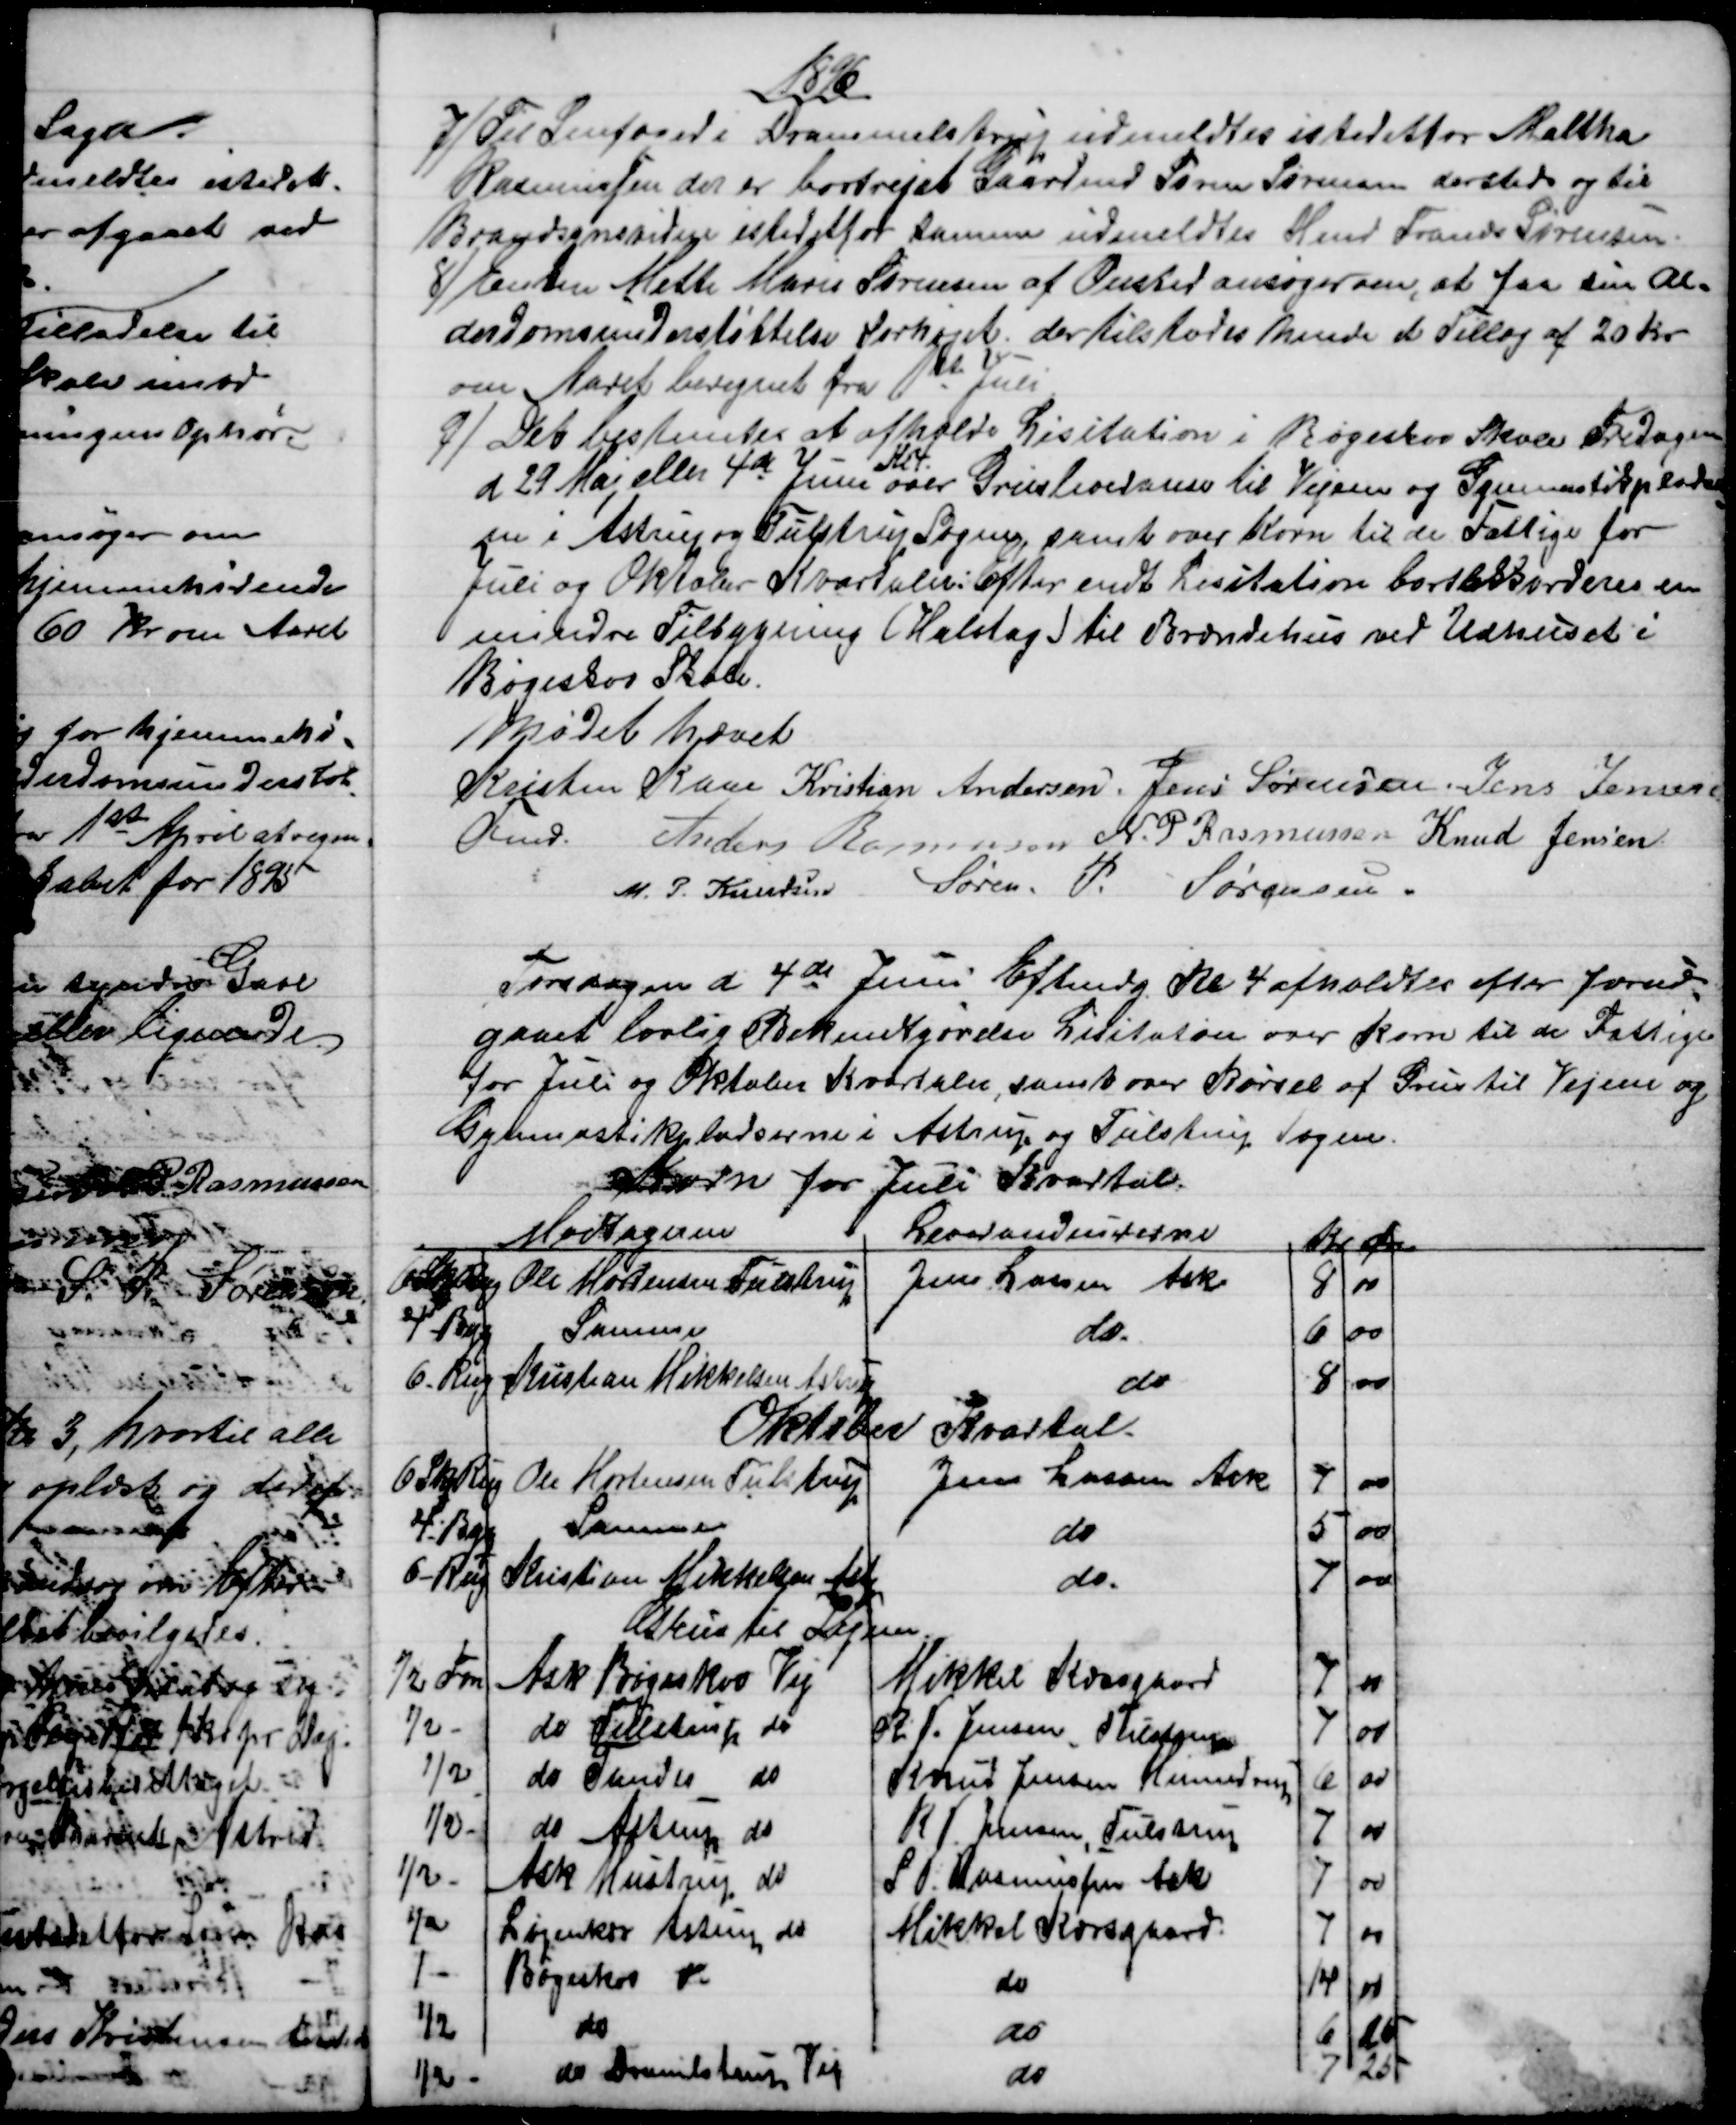
Transskription:
1896
7) 
Til Snefoged i Drammelstrup udmeldtes istedetfor Maltha
Rasmussen der er bortrejst Gaardmd Søren Sørensen dersteds og til
Brandsynsvidne istedetfor Samme udmeldtes Hmd Frands Sørensen
8)
Enken Mette Marie Sørensen af Onsted ansøger om, at faa sin Al=
derdomsunderstøttelse forhøjet, der tilstodes hende et Tillæg af 20 Kr
om Aaret beregnet fra 1ste Juli.
9) 
 Det bestemtes at afholde Lisitation i Bøgeskov Skole Fredagen
d 29 Maj eller 4de Juni
Kl 4
over Grusleveranse til Vejene og Gymnastikpladser
=
ne i Astrup og Tulstrup Sogne, samt over Korn til de Fattige for
Juli og Oktober Kvartaler:  Efter endt Lisitation bortakkorderes en
mindre Tilbygning (Halvtag) til Brændehus ved Udhuset i
Bøgeskov Skole.
Mødet hævet
Kristen Kaae 
Fmd.    
Kristian Andersen. Jens Sørensen. Jens Jensen
Anders Rasmussen N. P Rasmussen Knud Jensen
M. P. Knudsen Søren. P. Sørensen.
Torsdagen d 4de Juni Eftmdg Kl 4 afholdtes efter forud
=
gaaet lovlig Bekendtgørelse Lisitation over Korn til de Fattige
for Juli og Oktober Kvartaler, samt over Kørsel af Grus til Vejene og
Gymnastikpladserne i Astrup og Tulstrup Sogne.
Korn for Juli Kvartal.
Modtageren
Leverandeurerne
Kr 
Øre
6 Skp Rug
Ole Mortensen Tulstrup
Jens Larsen Ask
8
00
4 - Byg
Samme
do.
6
00
6 - Rug
Kristian Mikkelsen Astrup
do
8
00
Oktober Kvartal
6 Skp Rug
Ole Mortensen Tulstrup
Jens Larsen Ask
7
00
4 - Byg
Samme
do
5
00
6 - Rug
Kristian Mikkelsen Astp
do
7
00
Grus til Vejene
½ Fvn
Ask Bøgeskov Vej
Mikkel Korsgaard
7
00
½ -
do Tulstrup do
R. P. Jensen, Tulstrup
7
00
1/2
do Tander do
Knud Jensen Hinnedrup
6
00
½ -
do Astrup do
R. P. Jensen, Tulstrup
7
00
½ -
Ask Mustrup do
S. P. Rasmussen Ask
7
00
½
Løjenkær Astrup do
Mikkel Korsgaard.
7
00
1-
Bøgeskov do
do
14
00
½
do
do
6
25
½
do Drammelstrup Vej
do
7
25